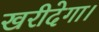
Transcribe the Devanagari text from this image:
खरीदेगा।